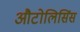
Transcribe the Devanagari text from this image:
औटोलिसिंस